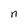
Character: n